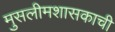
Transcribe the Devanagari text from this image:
मुसलीमशासकाची